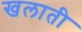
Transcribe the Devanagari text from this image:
खलाती